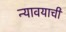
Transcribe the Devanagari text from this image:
न्यावयाची